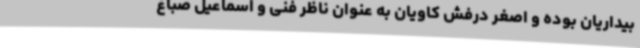
بیداریان بوده و اصغر درفش کاویان به عنوان ناظر فنی و اسماعیل صباغ